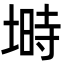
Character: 塒